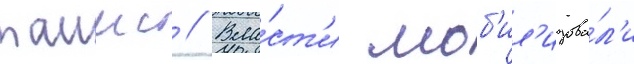
таимс // Вла́ст'и моб'ил'изова́л'и